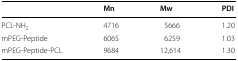
|  | Mn | Mw | PDI |
 | --- | --- | --- | --- |
 | PCL-NH2 | 4716 | 5666 | 1.20 |
 | mPEG-Peptide | 6065 | 6259 | 1.03 |
 | mPEG-Peptide-PCL | 9684 | 12,614 | 1.30 |